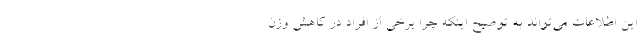
این اطلاعات می‌تواند به توضیح اینکه چرا برخی از افراد در کاهش وزن